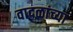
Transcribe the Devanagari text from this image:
वादळांच्या